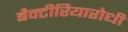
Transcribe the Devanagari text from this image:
बैक्टीरियारोधी